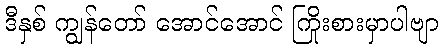
ဒီနှစ် ကျွန်တော် အောင်အောင် ကြိုးစားမှာပါဗျာ